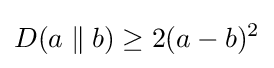
D(a\parallel b)\geq 2(a-b)^{2}